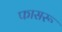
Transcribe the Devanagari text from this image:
फासरू